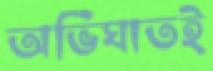
অভিঘাতই